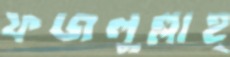
ফজলুল্লাহ্